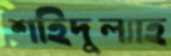
শহিদুল্যাহ